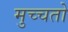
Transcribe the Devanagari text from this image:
मुच्चतो